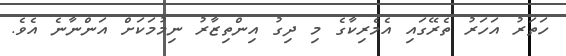
ހަތަރު އަހަރު ތެރޭގައި އެމެރިކާގެ މި ދިގު އިންތިޒާރު ނިމުމަކަށް އަންނާނެ އެވެ.